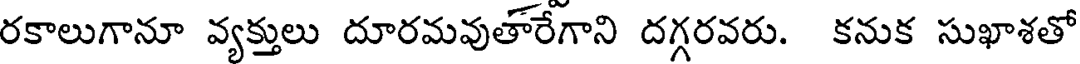
రకాలుగానూ వ్యక్తులు దూరమవుతారేగాని దగ్గరవరు. కనుక సుఖాశతో